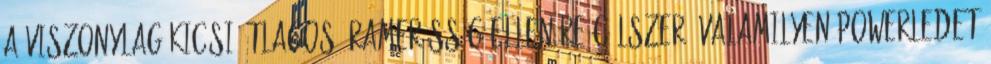
a viszonylag kicsi átlagos áramerõsség ellenére célszerû valamilyen powerledet